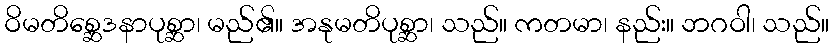
ဝိမတိစ္ဆေဒနာပုစ္ဆာ၊ မည်၏။ အနုမတိပုစ္ဆာ၊ သည်။ ကတမာ၊ နည်း။ ဘဂဝါ၊ သည်။